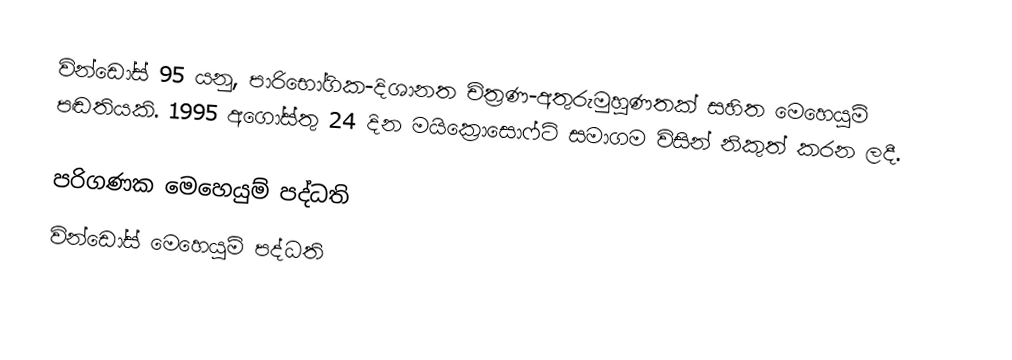
වින්ඩෝස් 95 යනු, පාරිභෝගික-දිශානත චිත්‍රණ-අතුරුමුහුණතක් සහිත මෙහෙයුම් පඬතියකි. 1995 අගෝස්තු 24 දින මයික්‍රොසොෆ්ට් සමාගම විසින් නිකුත් කරන ලදී.

පරිගණක මෙහෙයුම් පද්ධති
වින්ඩෝස් මෙහෙයුම් පද්ධති